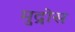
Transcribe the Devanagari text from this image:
मुद्रोस